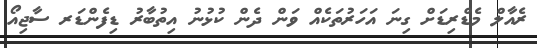
ރެއާލް މެޑްރިޑަށް ގިނަ އަހަރުތަކެއް ވަން ދެން ކުޅުނު އިތުބާރު ޑިފެންޑަރ ސާޖިއޯ